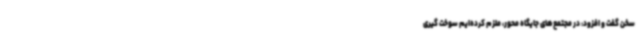
سخن گفت و افزود: در مجتمع‌های جایگاه محور، ملزم کرده‌ایم سوخت گیری